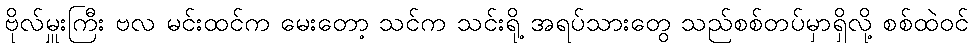
ဗိုလ်မှူးကြီး ဗလ မင်းထင်က မေးတော့ သင်က သင်းရို့ အရပ်သားတွေ သည်စစ်တပ်မှာရှိလို့ စစ်ထဲဝင်